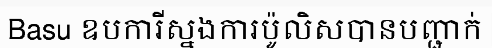
Basu ឧបការីស្នងការប៉ូលិសបានបញ្ជាក់